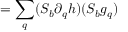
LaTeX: = \sum _ { q } ( { \cal S } _ { b } \partial _ { q } h ) ( { \cal S } _ { b } g _ { q } )